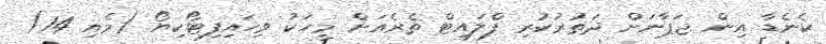
ކެނެޑާ އިން ޖަޕާނަށް ދަތުރުކުރި ފްލައިޓް ތެރެއަށް މީހަކު ވިހައިފިޓޯކިޔޯ (މެެއި 14)